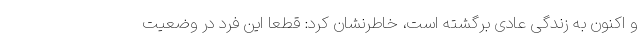
و اکنون به زندگی عادی برگشته است، خاطرنشان کرد: قطعا این فرد در وضعیت